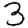
Digit: 3